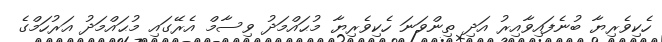
ހެކިވެރިޔާ ބުނެފައިވާއިރު އަދި ތިންވަނަ ހެކިވެރިޔާ މުޙައްމަދު ވިސާމް އެރޭގައި މުޙައްމަދު އަރުހަމްގެ